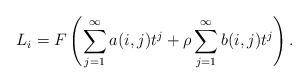
LaTeX: \begin{align*}L_i=F\left(\sum_{j=1}^\infty a(i,j)t^j+ \rho \sum_{j=1}^\infty b(i,j)t^j \right). \end{align*}